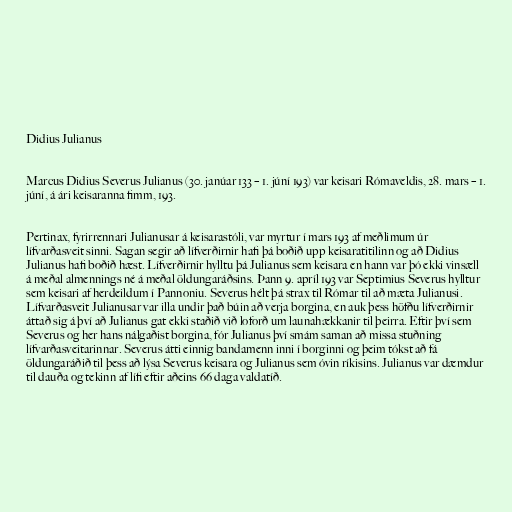
Didius Julianus

Marcus Didius Severus Julianus (30. janúar 133 – 1. júní 193) var keisari Rómaveldis, 28. mars – 1.
júní, á ári keisaranna fimm, 193.

Pertinax, fyrirrennari Julianusar á keisarastóli, var myrtur í mars 193 af meðlimum úr
lífvarðasveit sinni. Sagan segir að lífverðirnir hafi þá boðið upp keisaratitilinn og að Didius
Julianus hafi boðið hæst. Lífverðirnir hylltu þá Julianus sem keisara en hann var þó ekki vinsæll
á meðal almennings né á meðal öldungaráðsins. Þann 9. apríl 193 var Septimius Severus hylltur
sem keisari af herdeildum í Pannoniu. Severus hélt þá strax til Rómar til að mæta Julianusi.
Lífvarðasveit Julianusar var illa undir það búin að verja borgina, en auk þess höfðu lífverðirnir
áttað sig á því að Julianus gat ekki staðið við loforð um launahækkanir til þeirra. Eftir því sem
Severus og her hans nálgaðist borgina, fór Julianus því smám saman að missa stuðning
lífvarðasveitarinnar. Severus átti einnig bandamenn inni í borginni og þeim tókst að fá
öldungaráðið til þess að lýsa Severus keisara og Julianus sem óvin ríkisins. Julianus var dæmdur
til dauða og tekinn af lífi eftir aðeins 66 daga valdatíð.